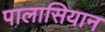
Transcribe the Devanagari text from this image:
पालासियान